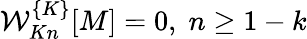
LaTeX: {\cal W}_{Kn}^{\{ K\} }[M]=0,\; n\geq 1-k